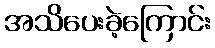
အသိပေးခဲ့ကြောင်း